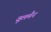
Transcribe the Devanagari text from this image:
वूलमैन